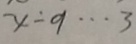
x \div 9 \cdots 3